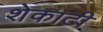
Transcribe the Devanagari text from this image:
शेकाटी